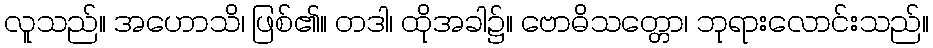
လူသည်။ အဟောသိ၊ ဖြစ်၏။ တဒါ၊ ထိုအခါ၌။ ဗောဓိသတ္တော၊ ဘုရားလောင်းသည်။